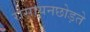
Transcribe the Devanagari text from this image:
रासायनछोड़ते